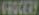
GROCERY